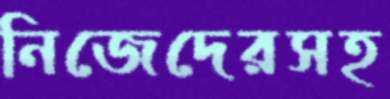
নিজেদেরসহ